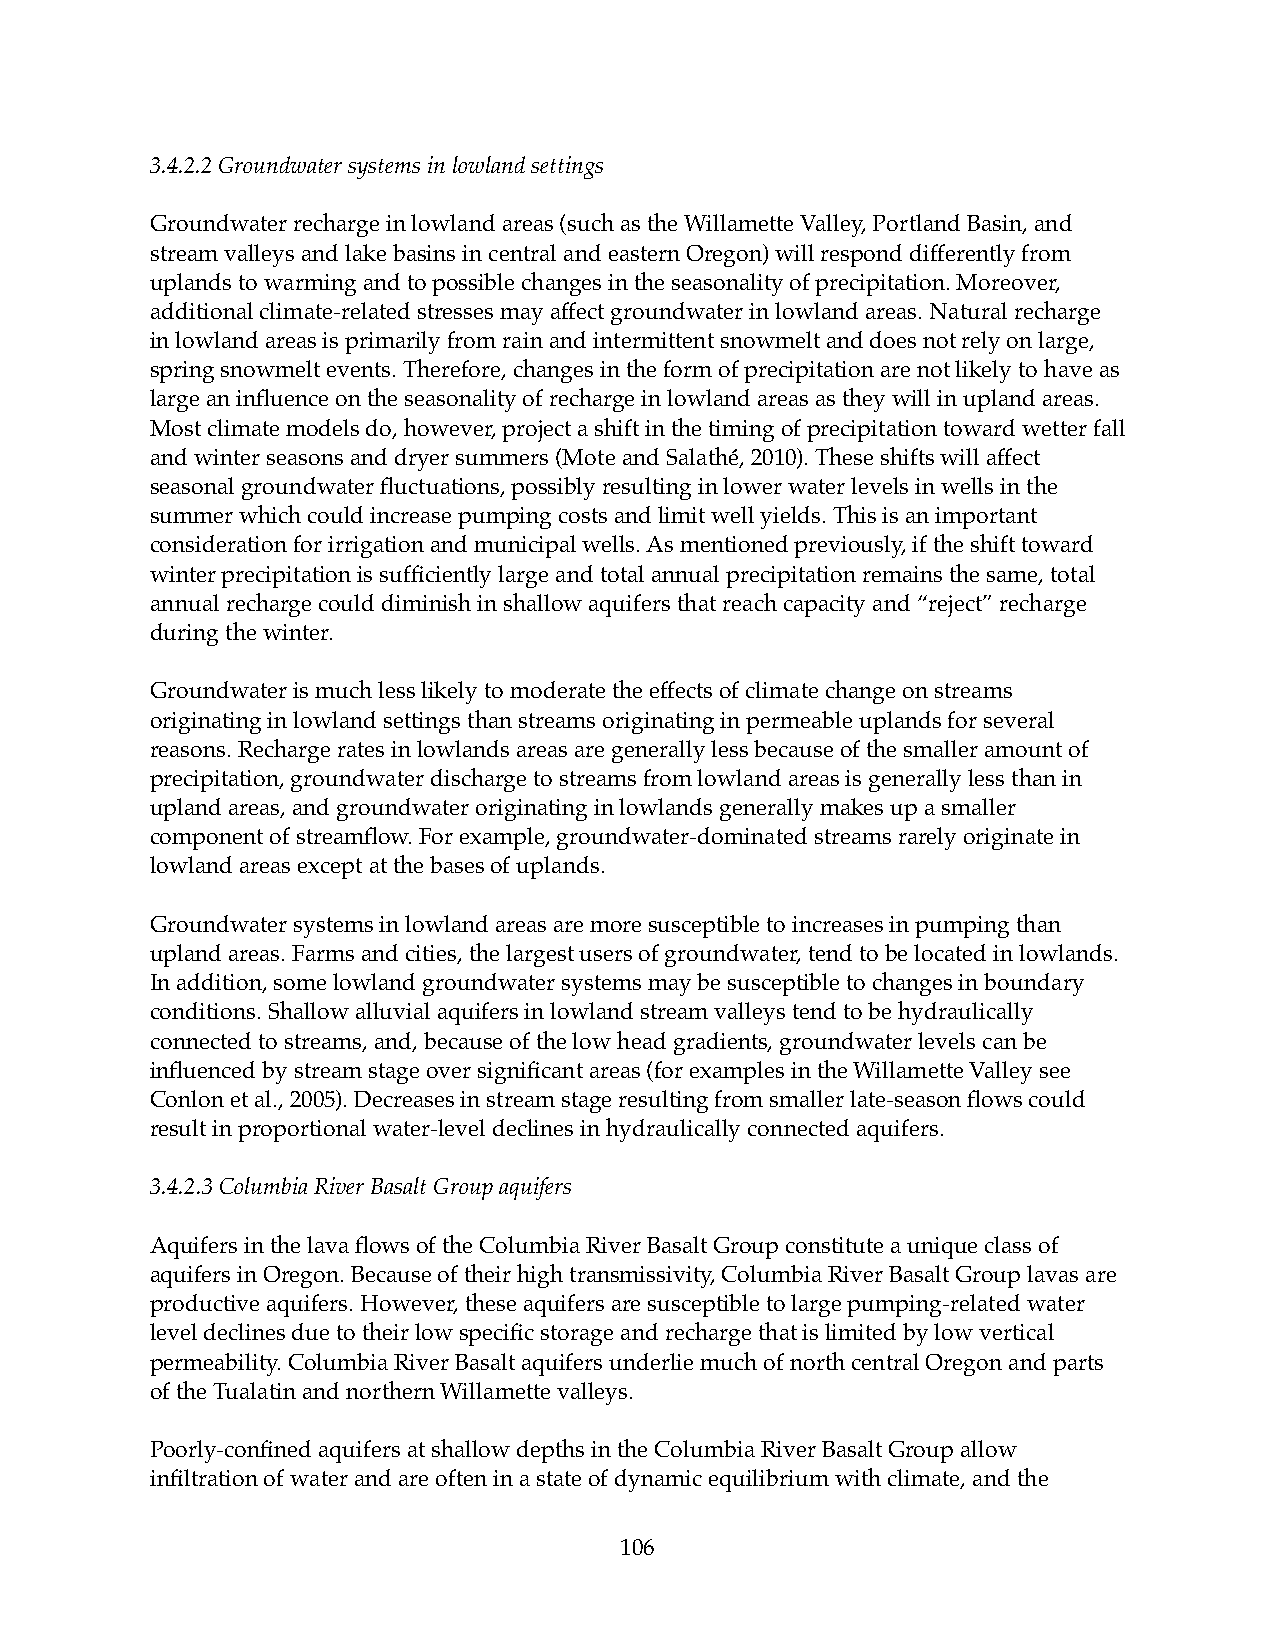
3.4.2.2 Groundwater systems in lowland settings
 Groundwater recharge in lowland areas (such as the Willamette Valley, Portland Basin, and
 stream valleys and lake basins in central and eastern Oregon) will respond differently from
 uplands to warming and to possible changes in the seasonality of precipitation. Moreover,
 additional climate-related stresses may affect groundwater in lowland areas. Natural recharge
 in lowland areas is primarily from rain and intermittent snowmelt and does not rely on large,
 spring snowmelt events. Therefore, changes in the form of precipitation are not likely to have as
 large an influence on the seasonality of recharge in lowland areas as they will in upland areas.
 Most climate models do, however, project a shift in the timing of precipitation toward wetter fall
 and winter seasons and dryer summers (Mote and Salathé, 2010). These shifts will affect
 seasonal groundwater fluctuations, possibly resulting in lower water levels in wells in the
 summer which could increase pumping costs and limit well yields. This is an important
 consideration for irrigation and municipal wells. As mentioned previously, if the shift toward
 winter precipitation is sufficiently large and total annual precipitation remains the same, total
 annual recharge could diminish in shallow aquifers that reach capacity and “reject” recharge
 during the winter.
 Groundwater is much less likely to moderate the effects of climate change on streams
 originating in lowland settings than streams originating in permeable uplands for several
 reasons. Recharge rates in lowlands areas are generally less because of the smaller amount of
 precipitation, groundwater discharge to streams from lowland areas is generally less than in
 upland areas, and groundwater originating in lowlands generally makes up a smaller
 component of streamflow. For example, groundwater-dominated streams rarely originate in
 lowland areas except at the bases of uplands.
 Groundwater systems in lowland areas are more susceptible to increases in pumping than
 upland areas. Farms and cities, the largest users of groundwater, tend to be located in lowlands.
 In addition, some lowland groundwater systems may be susceptible to changes in boundary
 conditions. Shallow alluvial aquifers in lowland stream valleys tend to be hydraulically
 connected to streams, and, because of the low head gradients, groundwater levels can be
 influenced by stream stage over significant areas (for examples in the Willamette Valley see
 Conlon et al., 2005). Decreases in stream stage resulting from smaller late-season flows could
 result in proportional water-level declines in hydraulically connected aquifers.
 3.4.2.3 Columbia River Basalt Group aquifers
 Aquifers in the lava flows of the Columbia River Basalt Group constitute a unique class of
 aquifers in Oregon. Because of their high transmissivity, Columbia River Basalt Group lavas are
 productive aquifers. However, these aquifers are susceptible to large pumping-related water
 level declines due to their low specific storage and recharge that is limited by low vertical
 permeability. Columbia River Basalt aquifers underlie much of north central Oregon and parts
 of the Tualatin and northern Willamette valleys.
 Poorly-confined aquifers at shallow depths in the Columbia River Basalt Group allow
 infiltration of water and are often in a state of dynamic equilibrium with climate, and the
 106